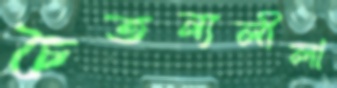
চৈতন্যলীলা